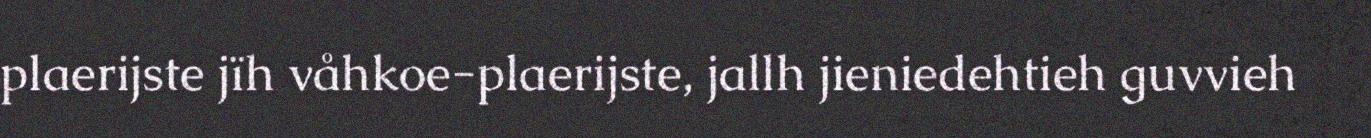
plaerijste jïh våhkoe-plaerijste, jallh jieniedehtieh guvvieh